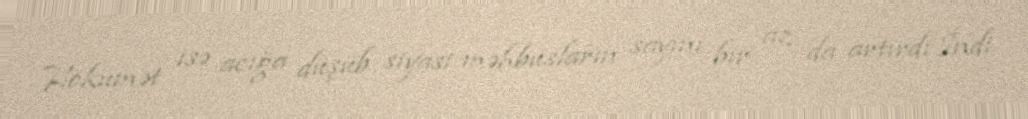
Hökumət isə acığa düşüb siyasi məhbusların sayını bir az da artırdı.İndi